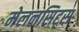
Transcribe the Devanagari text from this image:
मेलनसिट्स